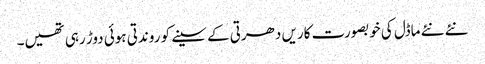
نئے نئے ماڈل کی خوبصورت کاریں دھرتی کے سینے کو روندتی ہوئی دوڑ رہی تھیں۔